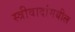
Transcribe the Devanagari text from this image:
स्त्रीवादांमधील